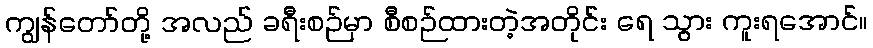
ကျွန်တော်တို့ အလည် ခရီးစဉ်မှာ စီစဉ်ထားတဲ့အတိုင်း ရေ သွား ကူးရအောင်။